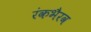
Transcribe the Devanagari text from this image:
रंकभैरव